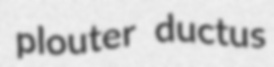
plouter ductus